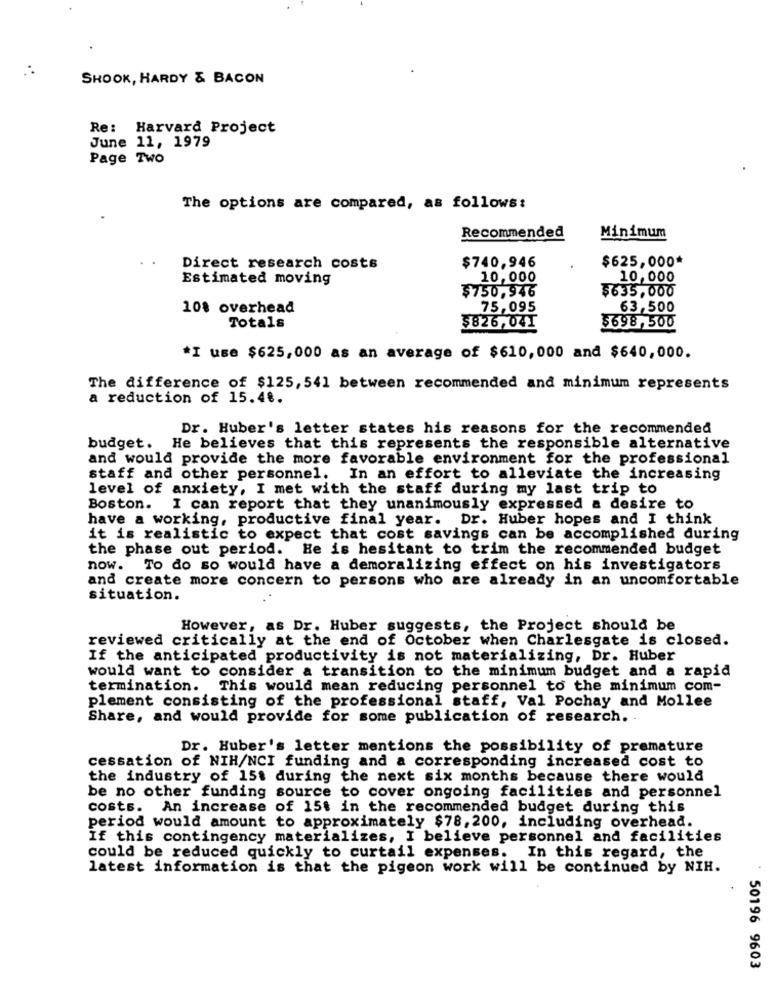
SHOOK, HARDY & BACON
Re: Harvard Project
June 11, 1979
Page Two
The options are compared, as follows:
Recommended
Minimum
$625,000*
Direct research costs
$740,946
Estimated moving
10,000
10,000
$635,000
$750,946
108 overhead
75,095
63,500
Totals
$826,041
$698,500
*I use $625,000 as an average of $610,000 and $640,000.
The difference of $125, 541 between recommended and minimum represents
a reduction of 15.4 ..
Dr. Huber's letter states his reasons for the recommended
budget. He believes that this represents the responsible alternative
and would provide the more favorable environment for the professional
staff and other personnel.
In an effort to alleviate the increasing
level of anxiety, I met with the staff during my last trip to
Boston. I can report that they unanimously expressed a desire to
have a working, productive final year. Dr. Huber hopes and I think
it is realistic to expect that cost savings can be accomplished during
the phase out period. He is hesitant to trim the recommended budget
now. To do so would have a demoralizing effect on his investigators
and create more concern to persons who are already in an uncomfortable
situation.
However, as Dr. Huber suggests, the Project should be
reviewed critically at the end of October when Charlesgate is closed.
If the anticipated productivity is not materializing, Dr. Huber
would want to consider a transition to the minimum budget and a rapid
termination.
This would mean reducing personnel to the minimum com-
plement consisting of the professional staff, Val Pochay and Mollee
Share, and would provide for some publication of research.
Dr. Huber's letter mentions the possibility of premature
cessation of NIH/NCI funding and a corresponding increased cost to
the industry of 15t during the next six months because there would
be no other funding source to cover ongoing facilities and personnel
costs. An increase of 15t in the recommended budget during this
period would amount to approximately $78,200, including overhead.
If this contingency materializes, I believe personnel and facilities
could be reduced quickly to curtail expenses. In this regard, the
latest information is that the pigeon work will be continued by NIH.
50196 9603